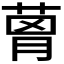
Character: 𦴗